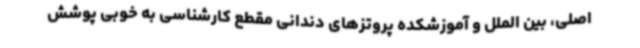
اصلی، بین الملل و آموزشکده پروتزهای دندانی مقطع کارشناسی به خوبی پوشش